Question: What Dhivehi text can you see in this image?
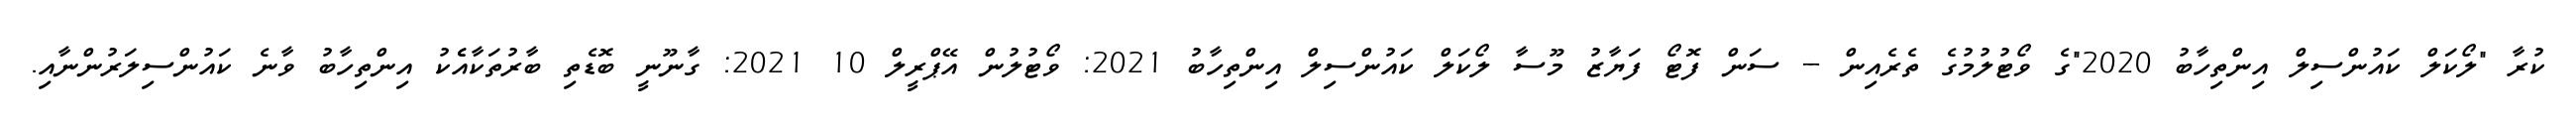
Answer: ކުރާ "ލޯކަލް ކައުންސިލް އިންތިހާބު 2020"ގެ ވޯޓުލުމުގެ ތެރެއިން -- ސަން ފޮޓޯ ފަޔާޒު މޫސާ ލޯކަލް ކައުންސިލް އިންތިހާބު 2021: ވޯޓުލުން އޭޕްރީލް 10 2021: ގާނޫނީ ބޮޑެތި ބާރުތަކާއެެކު އިންތިހާބު ވާނެ ކައުންސިލަރުންނާއި.